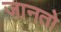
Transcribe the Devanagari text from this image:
जानतो